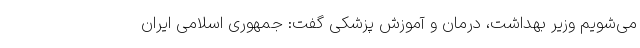
می‌شویم وزیر بهداشت، درمان و آموزش پزشکی گفت: جمهوری اسلامی ایران